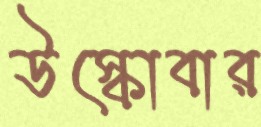
উস্‌কোবার